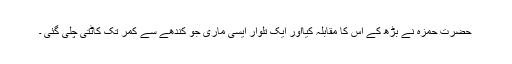
حضرت حمزہؓ نے بڑھ کے اس کا مقابلہ کیااور ایک تلوار ایسی ماری جو کندھے سے کمر تک کاٹتی چلی گئی ۔